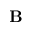
\mathbf { B }